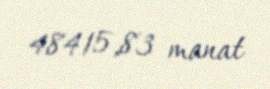
48415,83 manat